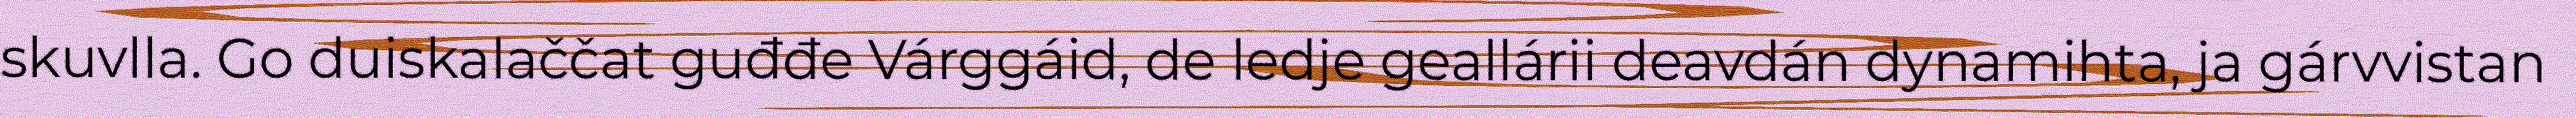
skuvlla. Go duiskalaččat guđđe Várggáid, de ledje geallárii deavdán dynamihta, ja gárvvistan